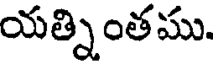
యత్నింతము.